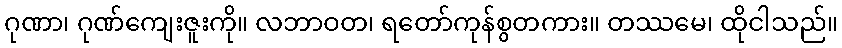
ဂုဏာ၊ ဂုဏ်ကျေးဇူးကို။ လဘာဝတ၊ ရတော်ကုန်စွတကား။ တဿမေ၊ ထိုငါသည်။